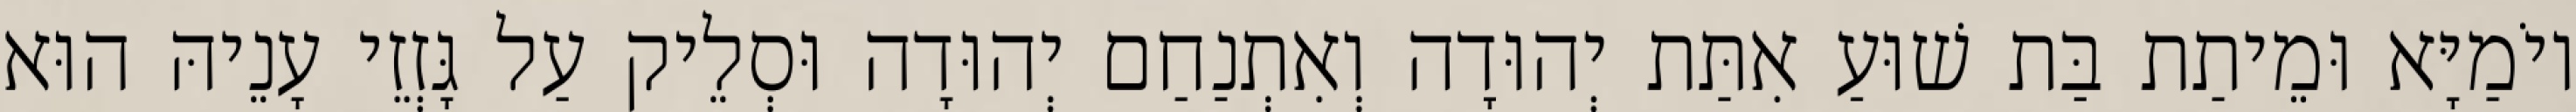
יוֹמַיָּא וּמֵיתַת בַּת שׁוּעַ אִתַּת יְהוּדָה וְאִתְנַחַם יְהוּדָה וּסְלֵיק עַל גָּזְזֵי עָנֵיהּ הוּא